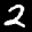
Label: 2